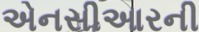
એનસીઆરની